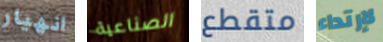
انهيار الصناعية متقطع لإرتداء